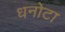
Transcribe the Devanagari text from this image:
धनोटा